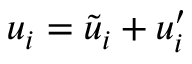
u _ { i } = \widetilde { u } _ { i } + u _ { i } ^ { \prime }